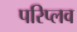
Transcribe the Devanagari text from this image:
परिप्लव